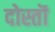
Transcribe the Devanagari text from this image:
दोस्तॊं